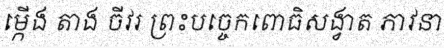
ម្កើង តាង ចីវរ ព្រះបច្ចេកពោធិសង្វាត ភាវនា